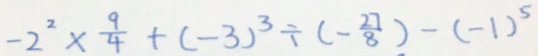
- 2 ^ { 2 } \times \frac { 9 } { 4 } + ( - 3 ) ^ { 3 } \div ( - \frac { 2 7 } { 8 } ) - ( - 1 ) ^ { 5 }